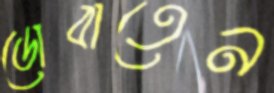
ডোবাতেন